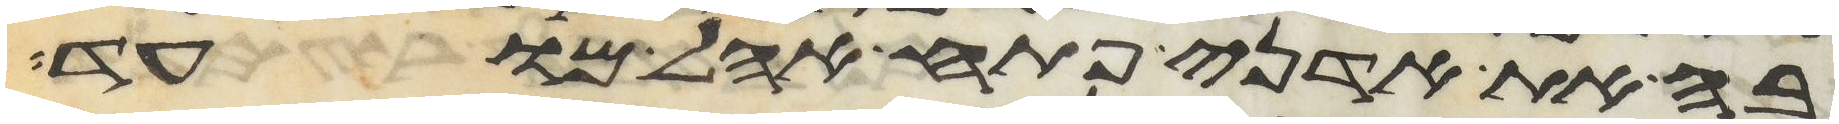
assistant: בה את אדני פתח אהל מועד